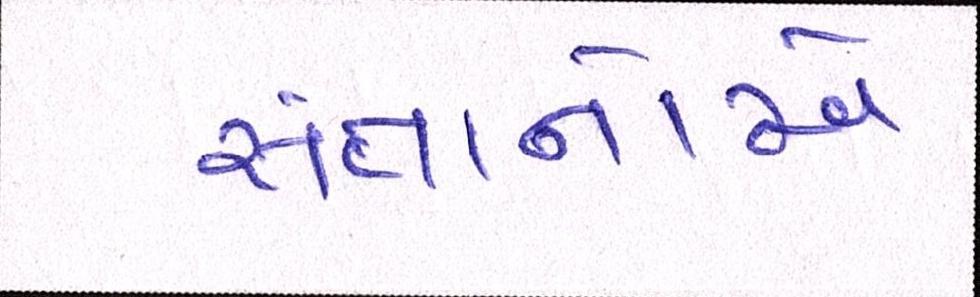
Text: સંતાનોએ